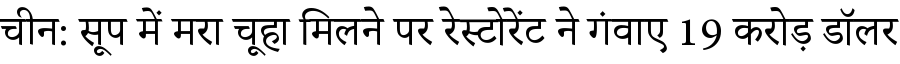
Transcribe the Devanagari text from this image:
चीन: सूप में मरा चूहा मिलने पर रेस्टोरेंट ने गंवाए 19 करोड़ डॉलर